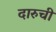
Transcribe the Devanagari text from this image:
दारुची